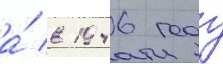
а́ в 1946 году